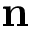
\mathbf { n }